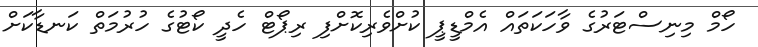
ހޯމް މިނިސްޓަރުގެ ވާހަކަތައް އެމްޑީޕީ ކުށްވެރިކޮށްފި ރިޕޯޓް ހެދީ ކޯޓުގެ ހުރުމަތް ކަނޑާކަށް